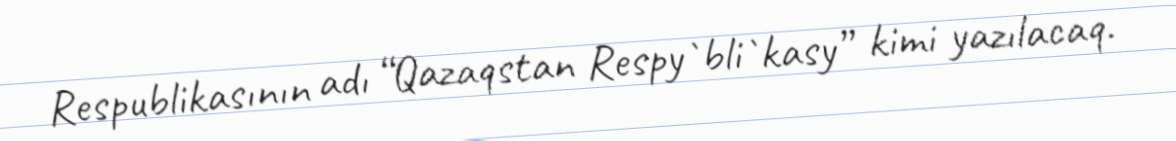
Respublikasının adı “Qazaqstan Respy`bli`kasy” kimi yazılacaq.